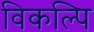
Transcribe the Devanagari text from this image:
विकल्पि